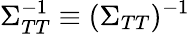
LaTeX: \Sigma_{TT}^{-1}\equiv(\Sigma_{TT})^{-1}